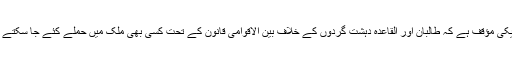
امریکی مؤقف ہے کہ طالبان اور القاعدہ دہشت گردوں کے خلاف بین الاقوامی قانون کے تحت کسی بھی ملک میں حملے کئے جا سکتے ہیں۔